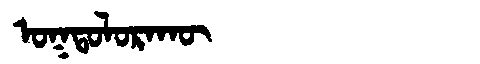
Manchu: ᠣᡴᡨᠣᠯᠣᡵᠠᡴᡡ
Romanization: OKTOLORAKŪ